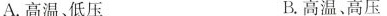
A.高温、低压 B.高温、高压